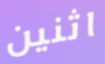
اثنين